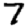
Digit: 7